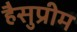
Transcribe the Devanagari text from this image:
हैसुप्रीम